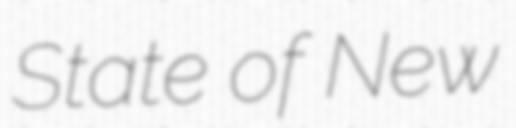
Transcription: State of New